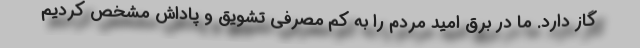
گاز دارد. ما در برق امید مردم را به کم مصرفی تشویق و پاداش مشخص کردیم